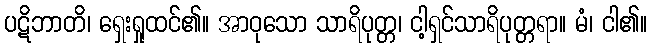
ပဋိဘာတိ၊ ရှေးရှုထင်၏။ အာဝုသော သာရိပုတ္တ၊ ငါ့ရှင်သာရိပုတ္တရာ။ မံ၊ ငါ၏။